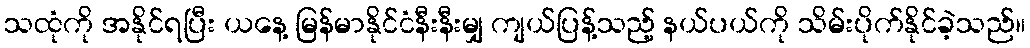
သထုံကို အနိုင်ရပြီး ယနေ့ မြန်မာနိုင်ငံနီးနီးမျှ ကျယ်ပြန့်သည့် နယ်ပယ်ကို သိမ်းပိုက်နိုင်ခဲ့သည်။